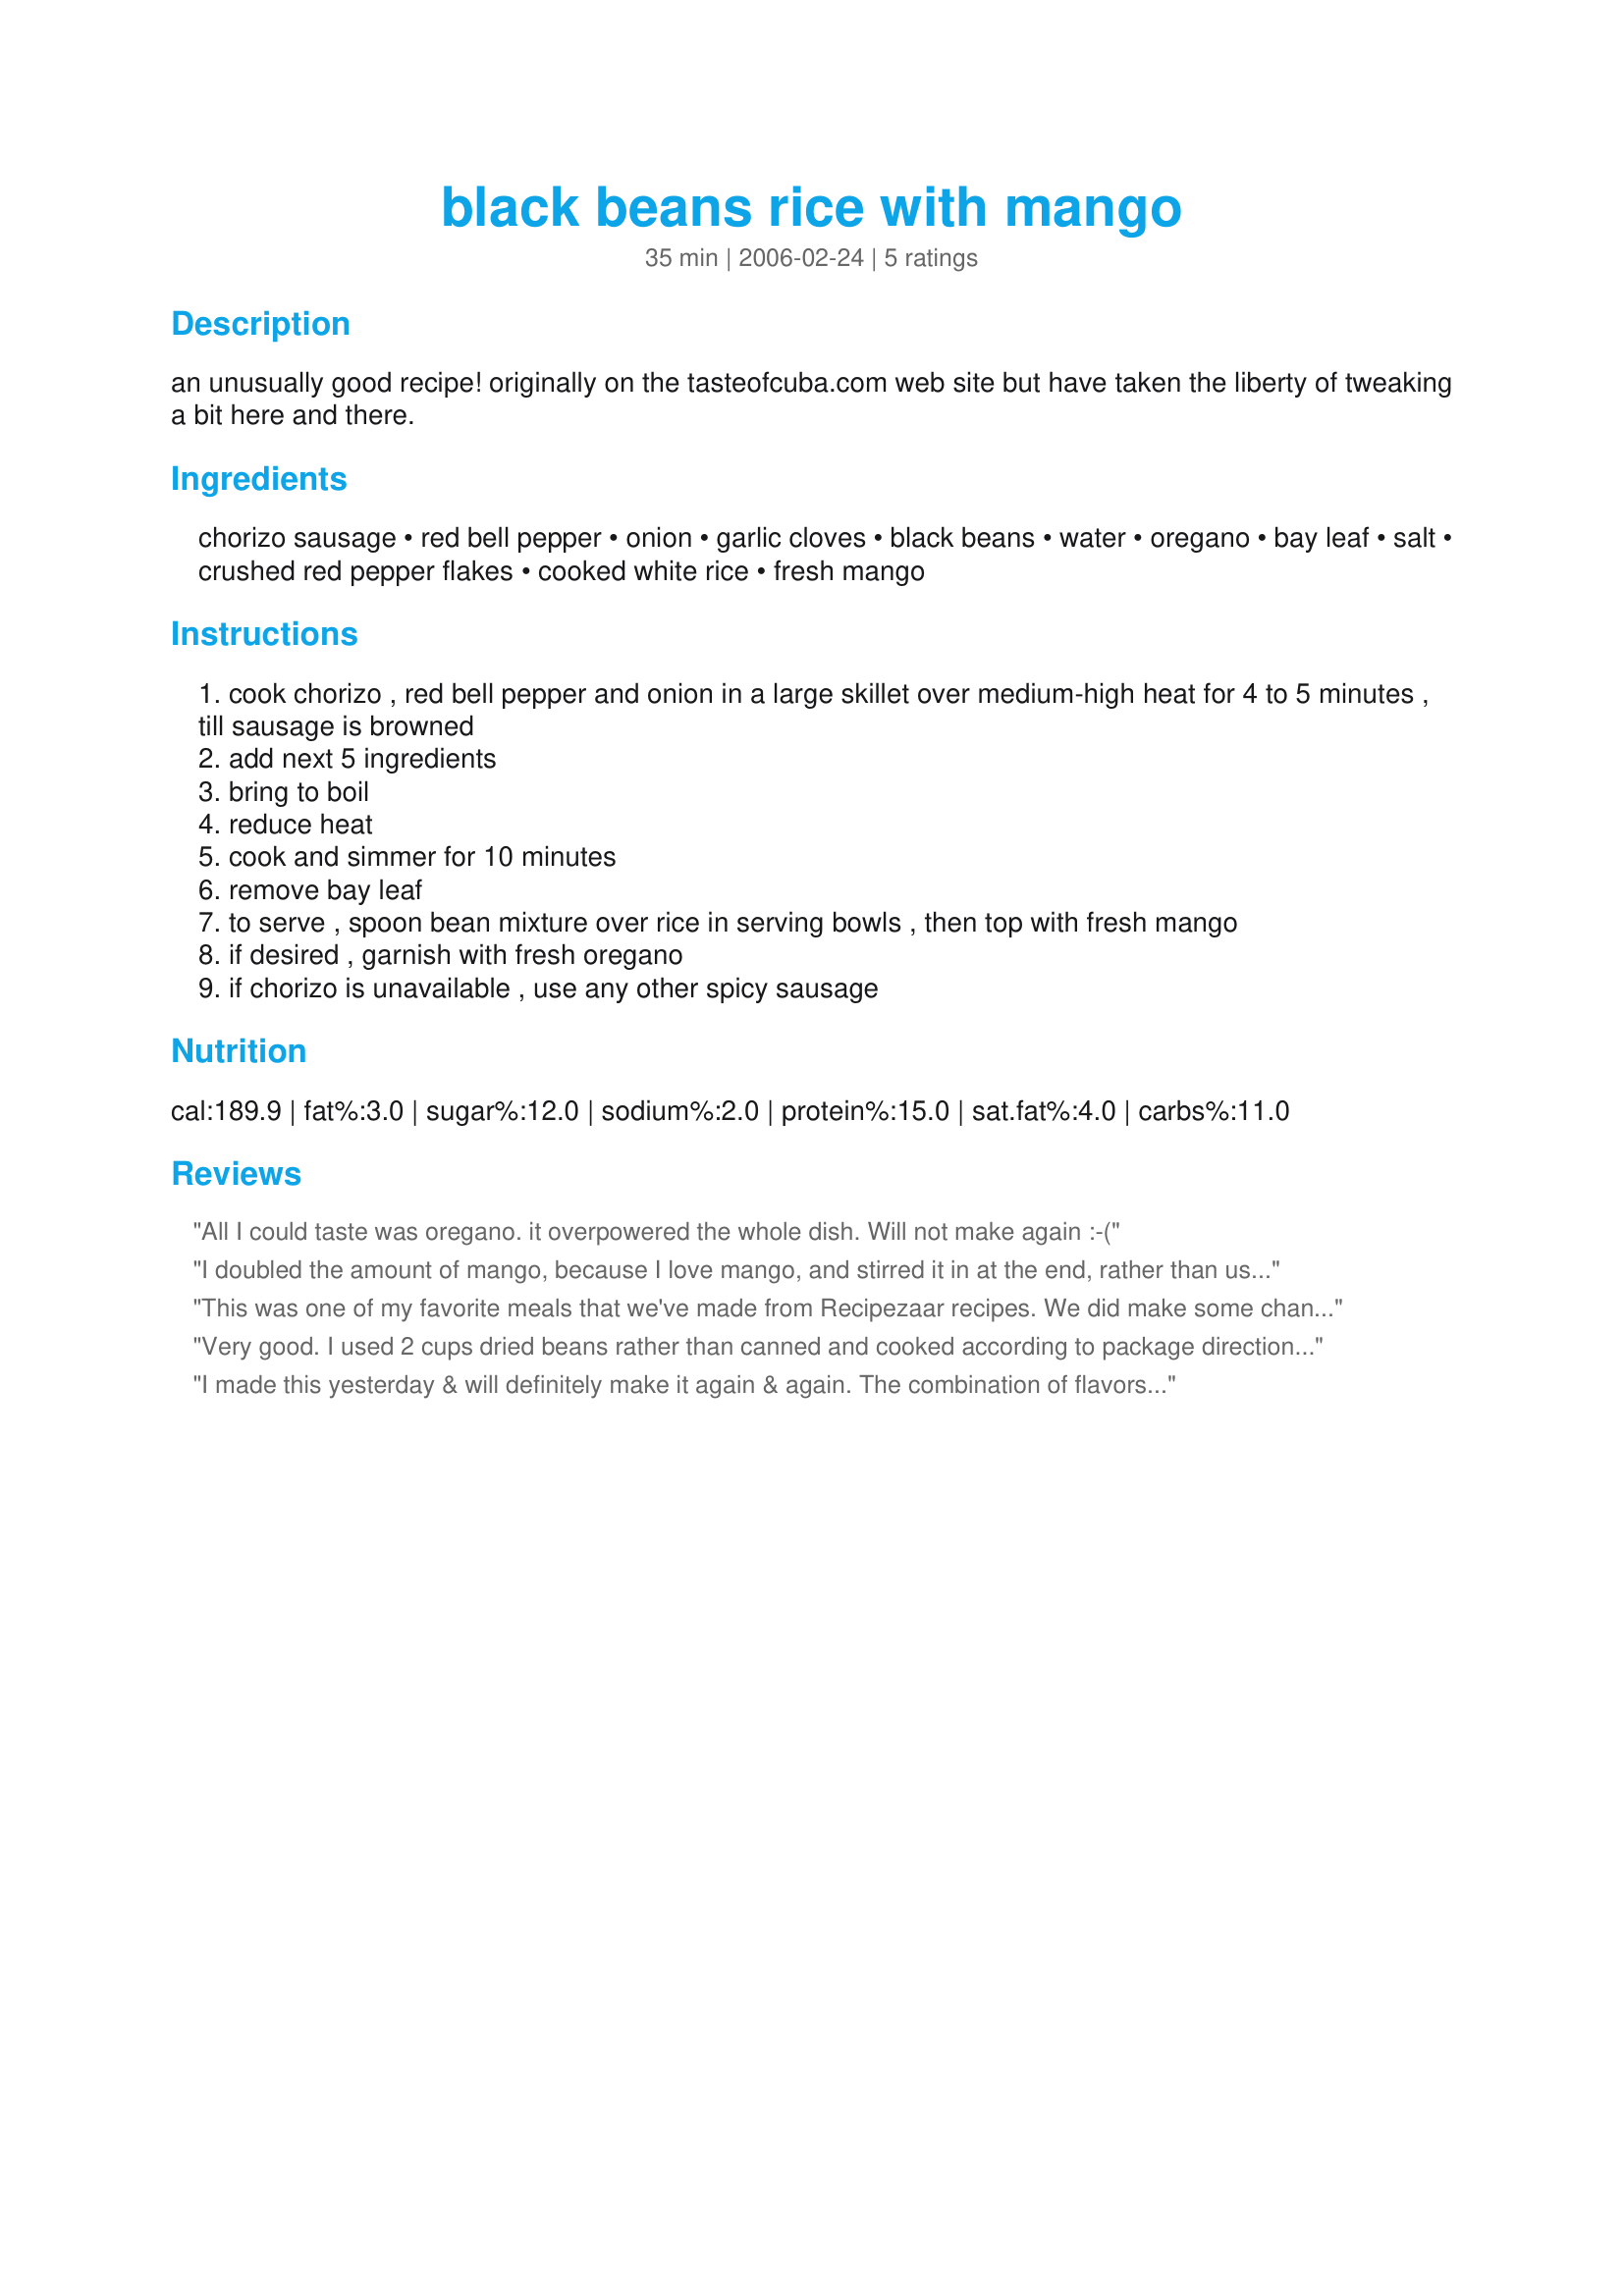
black beans rice with mango
Preparation time: 35 minutes

an unusually good recipe! originally on the tasteofcuba.com web site but have taken the liberty of tweaking a bit here and there.

Ingredients:
chorizo sausage, red bell pepper, onion, garlic cloves, black beans, water, oregano, bay leaf, salt, crushed red pepper flakes, cooked white rice, fresh mango

Steps:
cook chorizo , red bell pepper and onion in a large skillet over medium-high heat for 4 to 5 minutes , till sausage is browned
add next 5 ingredients
bring to boil
reduce heat
cook and simmer for 10 minutes
remove bay leaf
to serve , spoon bean mixture over rice in serving bowls , then top with fresh mango
if desired , garnish with fresh oregano
if chorizo is unavailable , use any other spicy sausage

Reviews:
All I could taste was oregano. it overpowered the whole dish. Will not make again :-(
I doubled the amount of mango, because I love mango, and stirred it in at the end, rather than using it as a topping. Fantastic!
This was one of my favorite meals that we've made from Recipezaar recipes. We did make some changes. We used about 10" of Conecuh sausage instead of chorizo. We diced it so that it was nice and small. We used a whole mango. We did not use oregano or a bay leaf. Instead, we used 1t of coriander. The best part is that we used coconut milk in place of water (a whole can). We mixed everything as directed (sans crushed red pepper), but added the black beans to the rice so that it made a bed of rice and black beans to smother with the sauce. It was sooooooooooo good. I can't wait to eat the leftovers tomorrow.
Very good. I used 2 cups dried beans rather than canned and cooked according to package directions + added a bit of seasoning. I think a can of beans is equal to 1 1/2 cups +/- I also used more meat than called for (even for the extra beans I made). Also I used papaya rather than mago since I dislike mango. All in all it was very good, easy to make and the fruit was nice after a very hot day. DH said he would like banana on his next time since we found out tonight that he doesn't like papaya. I think I may try doing different fruits or even a tropical fruit salad. Plantains would also be nice. Thanks for another good one.
I made this yesterday & will definitely make it again & again. The combination of flavors & the textures were gorgeous. Thanks for a great recipe!
